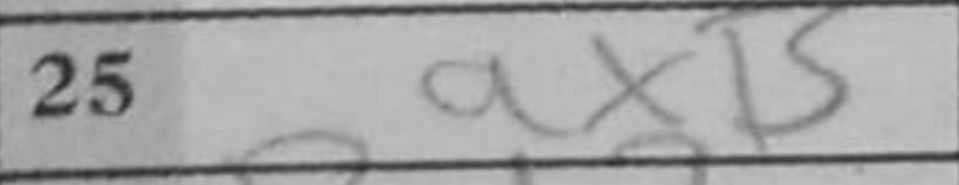
Transcription: axB